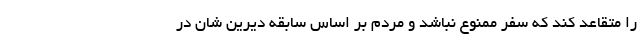
را متقاعد کند که سفر ممنوع نباشد و مردم بر اساس سابقه دیرین شان در